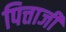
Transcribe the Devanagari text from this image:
पित्ताजी